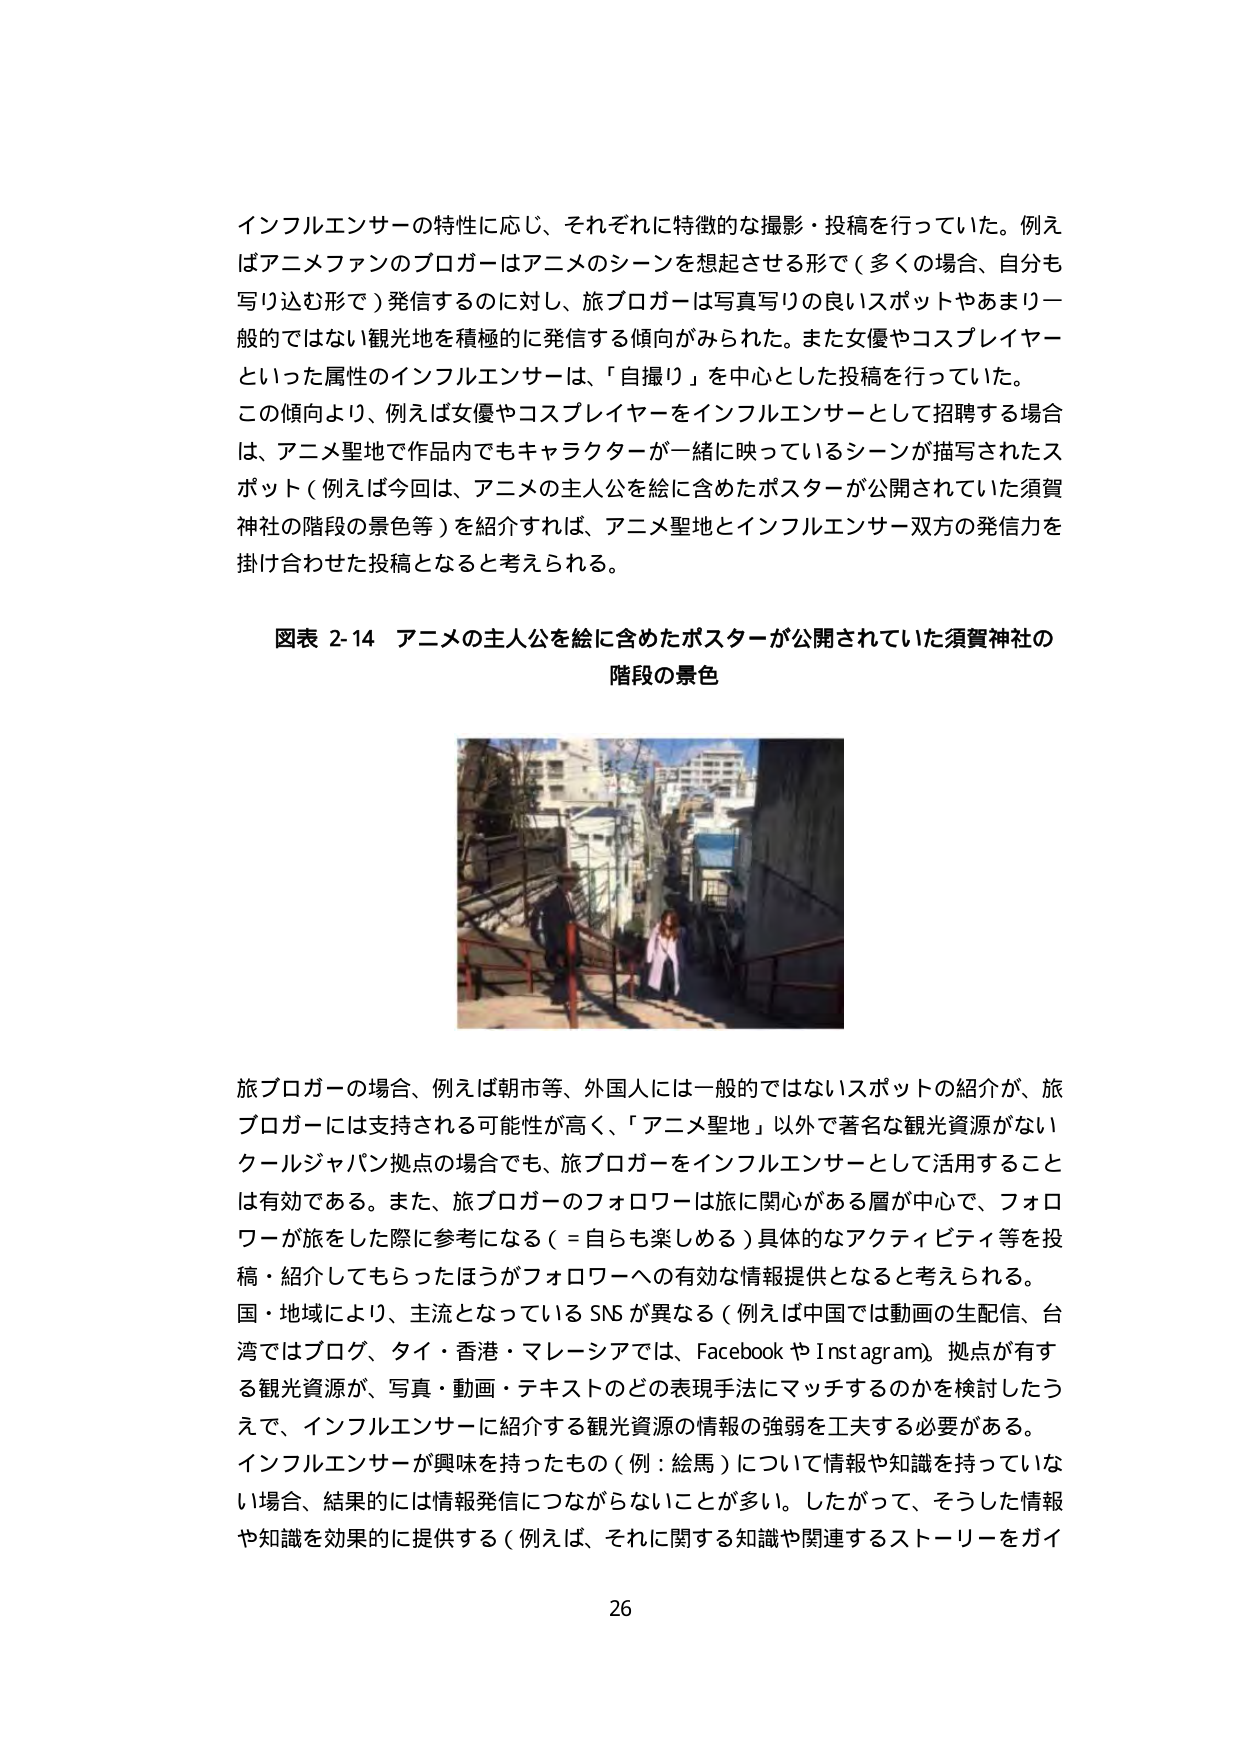
インフルエンサーの特性に応じ、それぞれに特徴的な撮影・投稿を行っていた。例えばアニメファンのブロガーはアニメのシーンを想起させる形で（多くの場合、自分も写り込む形で）発信するのに対し、旅ブロガーは写真写りの良いスポットやあまり一般的ではない観光地を積極的に発信する傾向がみられた。また女優やコスプレイヤーといった属性のインフルエンサーは、「自撮り」を中心とした投稿を行っていた。この傾向より、例えば女優やコスプレイヤーをインフルエンサーとして招聘する場合は、アニメ聖地で作品内でもキャラクターが一緒に映っているシーンが描写されたスポット（例えば今回は、アニメの主人公を絵に含めたポスターが公開されていた須賀神社の階段の景色等）を紹介すれば、アニメ聖地とインフルエンサー双方の発信力を掛け合わせた投稿となると考えられる。

図表 2-14 アニメの主人公を絵に含めたポスターが公開されていた須賀神社の階段の景色

旅ブロガーの場合、例えば朝市等、外国人には一般的ではないスポットの紹介が、旅ブロガーには支持される可能性が高く、「アニメ聖地」以外で著名な観光資源がないクールジャパン拠点の場合でも、旅ブロガーをインフルエンサーとして活用することは有効である。また、旅ブロガーのフォロワーは旅に関心がある層が中心で、フォロワーが旅をした際に参考になる（＝自らも楽しめる）具体的なアクティビティ等を投稿・紹介してもらったほうがフォロワーへの有効な情報提供となると考えられる。国・地域により、主流となっているSNSが異なる（例えば中国では動画の生配信、台湾ではブログ、タイ・香港・マレーシアでは、FacebookやInstagram）。拠点が有する観光資源が、写真・動画・テキストのどの表現手法にマッチするのかを検討したうえで、インフルエンサーに紹介する観光資源の情報の強弱を工夫する必要がある。インフルエンサーが興味を持ったもの（例：絵馬）について情報や知識を持っていない場合、結果的には情報発信につながらないことが多い。したがって、そうした情報や知識を効果的に提供する（例えば、それに関する知識や関連するストーリーをガイ

26